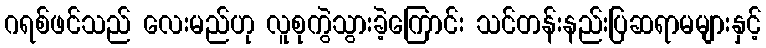
ဂရစ်ဖင်သည် လေးမည်ဟု လူစုကွဲသွားခဲ့ကြောင်း သင်တန်းနည်းပြဆရာမများနှင့်